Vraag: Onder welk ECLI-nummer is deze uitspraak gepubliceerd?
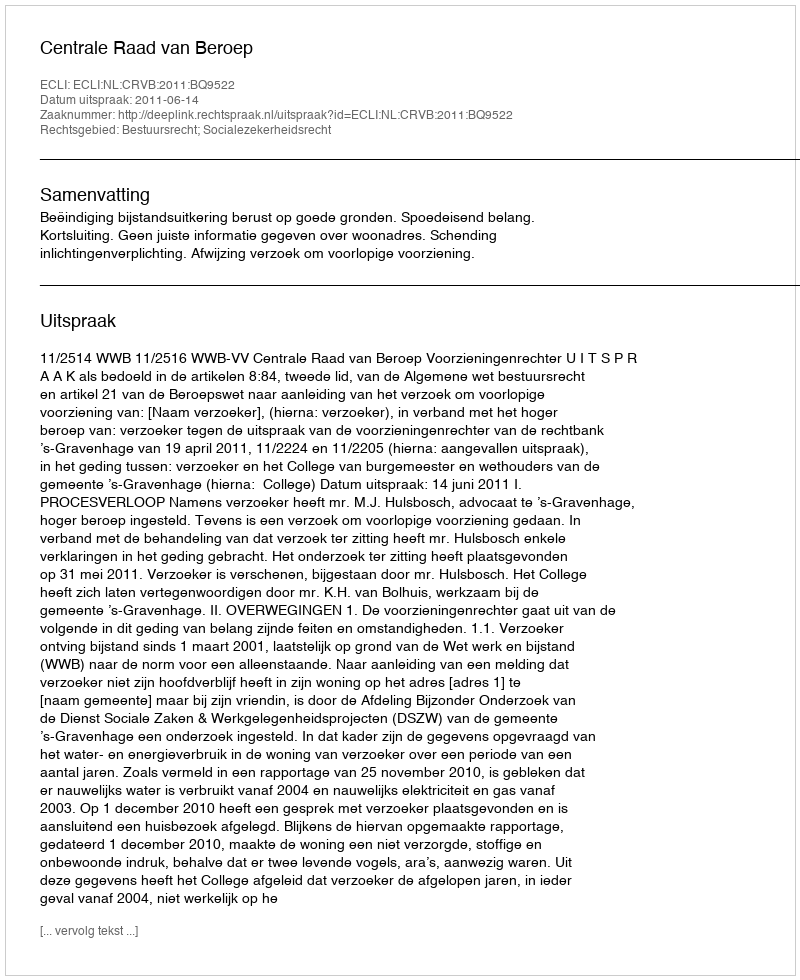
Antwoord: ECLI:NL:CRVB:2011:BQ9522